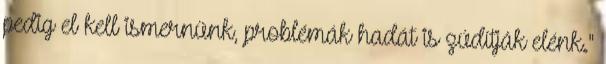
pedig el kell ismernünk, problémák hadát is zúdítják elénk."